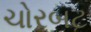
ચોરબટ